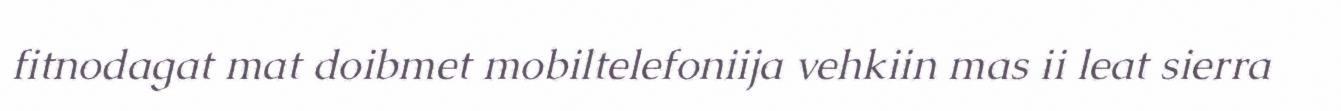
fitnodagat mat doibmet mobiltelefoniija vehkiin mas ii leat sierra